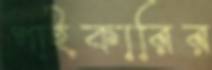
পাইকারির